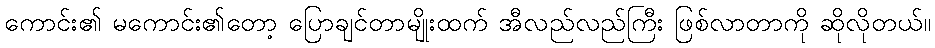
ကောင်း၏ မကောင်း၏တော့ ပြောချင်တာမျိုးထက် အီလည်လည်ကြီး ဖြစ်လာတာကို ဆိုလိုတယ်။